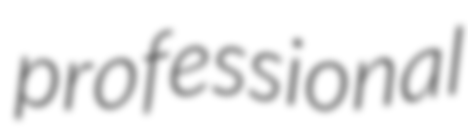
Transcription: professional